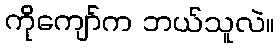
ကိုကျော်က ဘယ်သူလဲ။